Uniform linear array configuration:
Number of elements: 64
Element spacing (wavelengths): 0.25
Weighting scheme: hann
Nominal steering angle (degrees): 60
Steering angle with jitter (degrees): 60.801
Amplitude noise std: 0.05
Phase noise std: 0.05

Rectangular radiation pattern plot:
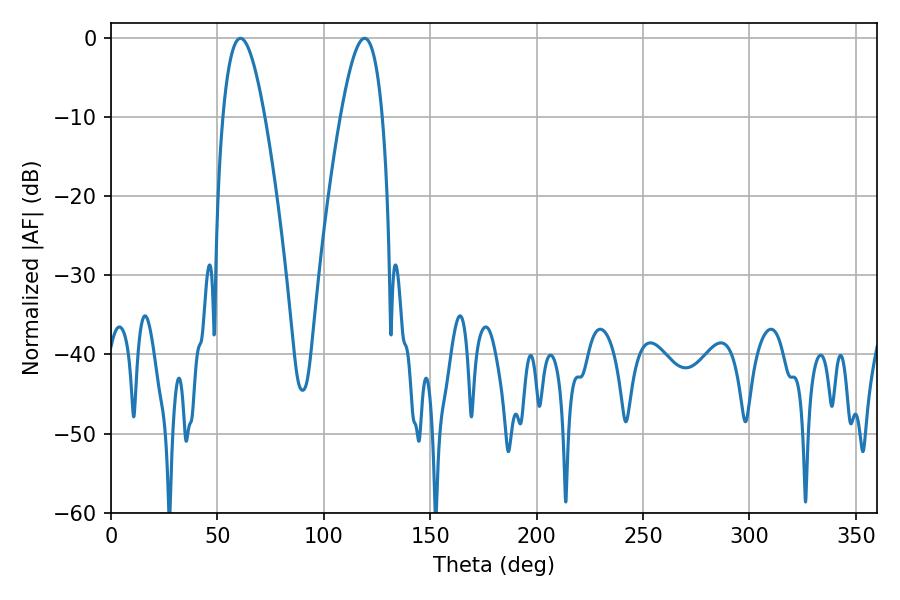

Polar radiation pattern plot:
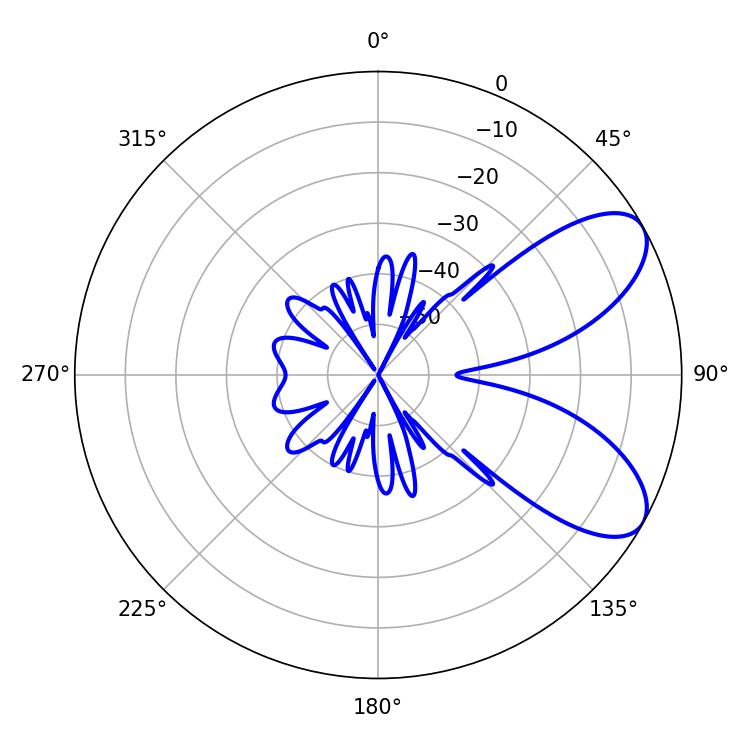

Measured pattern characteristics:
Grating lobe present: FALSE
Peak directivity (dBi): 7.506
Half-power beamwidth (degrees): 10.62
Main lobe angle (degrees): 60.84